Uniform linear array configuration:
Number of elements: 12
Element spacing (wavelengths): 0.75
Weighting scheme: exponential
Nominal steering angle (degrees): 0
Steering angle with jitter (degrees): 1.052
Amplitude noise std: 0.05
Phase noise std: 0.05

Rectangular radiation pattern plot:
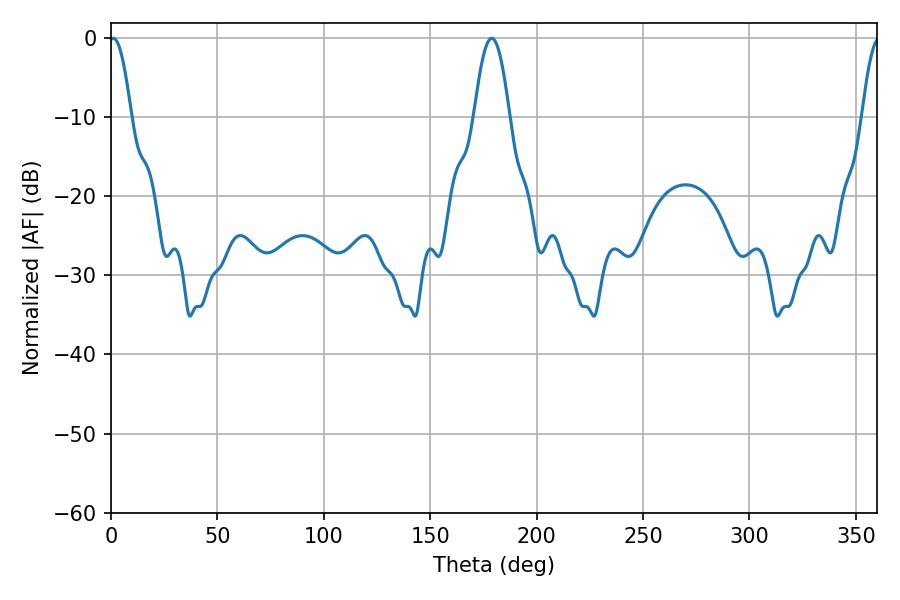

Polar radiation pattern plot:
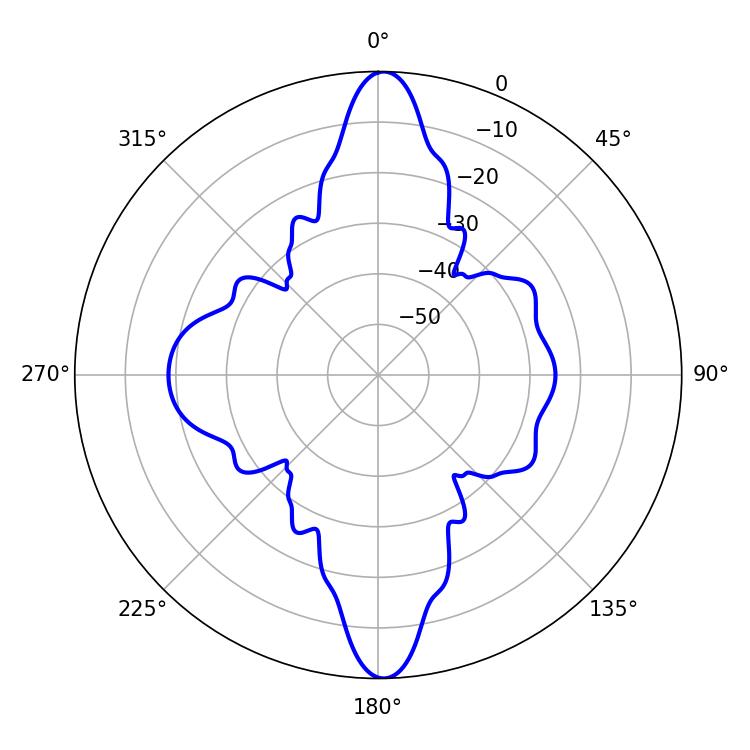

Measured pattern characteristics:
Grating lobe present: TRUE
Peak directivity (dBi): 28.135
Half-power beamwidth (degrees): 5.58
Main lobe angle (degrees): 1.08